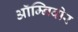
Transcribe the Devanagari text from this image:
ऑम्निवोर